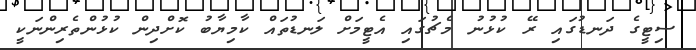
ސިޓީގެ ދަނޑުގައި ރޭ ކުޅުނު މެޗުގައި އެޓީމަށް ލަނޑުތައް ކާމިޔާބު ކޮށްދިން ކުޅުންތެރިންނަކީ